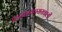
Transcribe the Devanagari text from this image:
विमाप्रकाराखाली